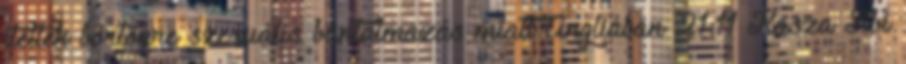
ítéltek börtönre szexuális bántalmazás miatt Angliában 21:11 Kasza Tibi